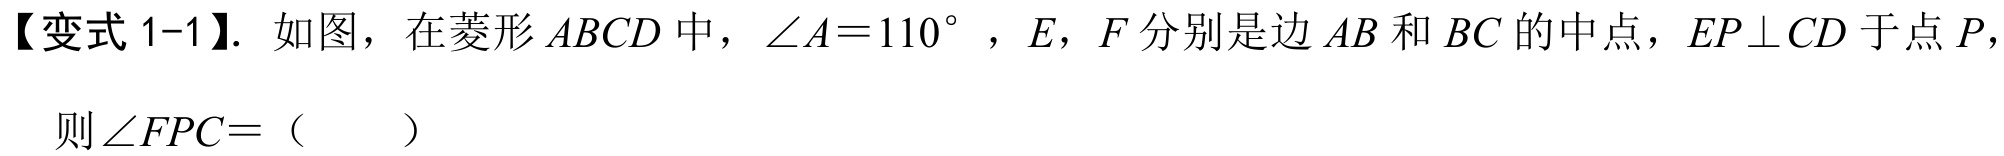
【变式 1-1】. 如图，在菱形 \(ABCD\) 中，\(\angle A = 110^{\circ}\) ，\(E\)，\(F\) 分别是边 \(AB\) 和 \(BC\) 的中点，\(EP\perp CD\) 于点 \(P\)，
则 \(\angle FPC=\)（  ）